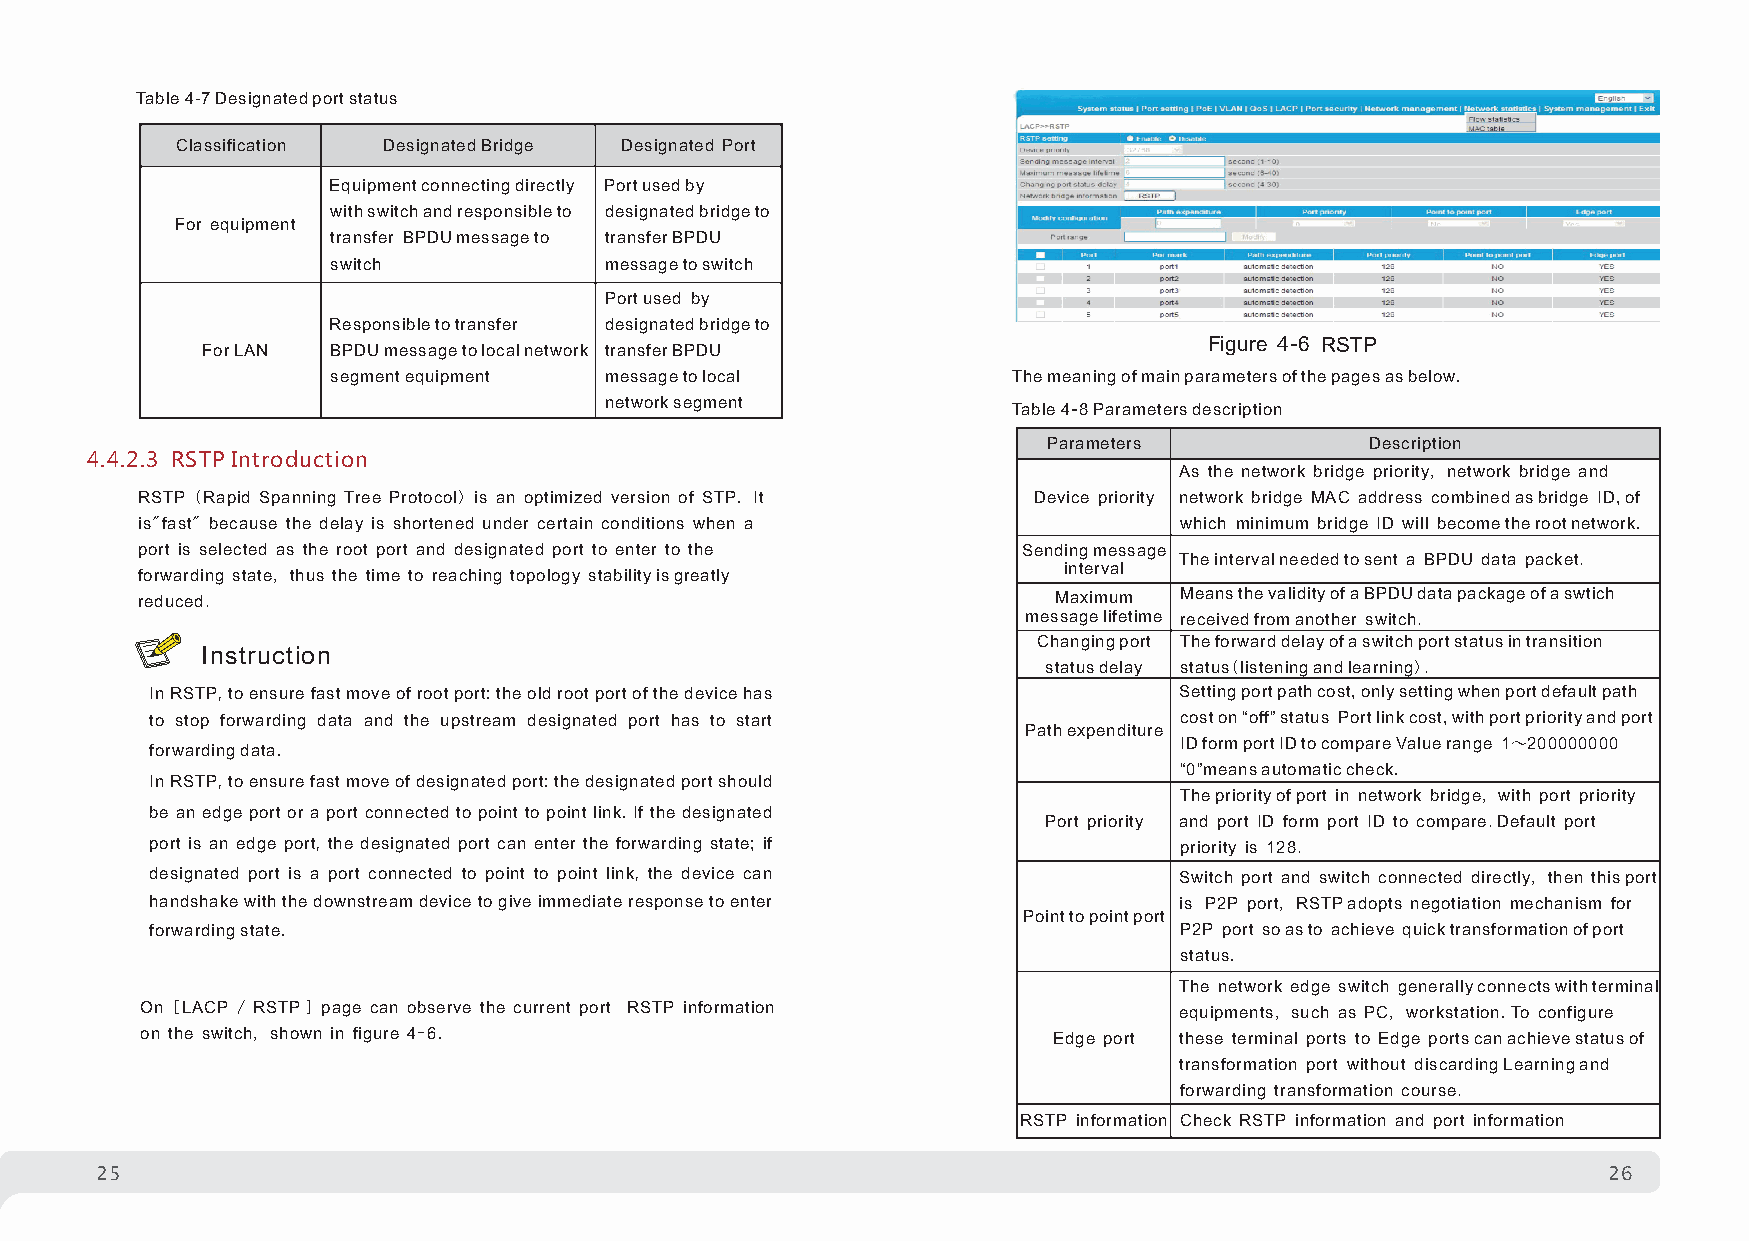
Table 4-7 Designated port status
 Classification Designated Bridge Designated Port
 Equipment connecting directly Port used by
 with switch and responsible to designated bridge to
 For equipment
 transfer BPDU message to transfer BPDU
 switch            message to switch
 Port used by
 Responsible to transfer designated bridge to
 For LAN  BPDU message to local network transfer BPDU
 Figure 4-6 RSTP
 segment equipment message to local           The meaning of main parameters of the pages as below.
 network segment
 Table 4-8 Parameters description
 Parameters            Description
 4.4.2.3 RSTP Introduction
 As the network bridge priority, network bridge and
 RSTP (Rapid Spanning Tree Protocol) is an optimized version of STP. It Device priority network bridge MAC address combined as bridge ID, of
 is"fast" because the delay is shortened under certain conditions when a which minimum bridge ID will become the root network.
 port is selected as the root port and designated port to enter to the Sending message
 The interval needed to sent a BPDU data packet.
 forwarding state, thus the time to reaching topology stability is greatly interval
 reduced.                                                     Maximum Means the validity of a BPDU data package of a swtich
 message lifetime received from another switch.
 Changing port The forward delay of a switch port status in transition
 In struction
 status delay status(listening and learning).
 In RSTP, to ensure fast move of root port: the old root port of the device has Setting port path cost, only setting when port default path
 to stop forwarding data and the upstream designated port has to start cost on “off” status Port link cost, with port priority and port
 Path expenditure
 ID form port ID to compare Value range 1～200000000
 forwarding data.
 “0”means automatic check.
 In RSTP, to ensure fast move of designated port: the designated port should
 The priority of port in network bridge, with port priority
 be an edge port or a port connected to point to point link. If the designated
 Port priority and port ID form port ID to compare. Default port
 port is an edge port, the designated port can enter the forwarding state; if priority is 128.
 designated port is a port connected to point to point link, the device can Switch port and switch connected directly, then this port
 handshake with the downstream device to give immediate response to enter is P2P port, RSTP adopts negotiation mechanism for
 Point to point port
 forwarding state.                                                   P2P port so as to achieve quick transformation of port
 status.
 The network edge switch generally connects with terminal
 On [LACP / RSTP ] page can observe the current port RSTP information equipments, such as PC, workstation.To configure
 on the switch, shown in figure 4-6.                          Edge port these terminal ports to Edge ports can achieve status of
 transformation port without discarding Learning and
 forwarding transformation course.
 RSTP information Check RSTP information and port information
 25                                                                                                  26